Document type: Emphyteutic lease
Year: 1316
Scribe: Guillem de Vila
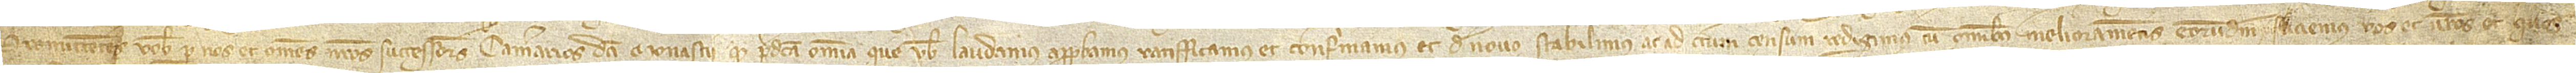
Promittentes vobis per nos et omnes nostros successores camerarios dicti monasterii quod predicta omnia que vobis laudamus, approbamus, ratifficamus et confirmamus et de novo stabilimus ac ad certum censum redigimus cum omnibus melioramentis eorumdem faciemus vos et vestros et quos